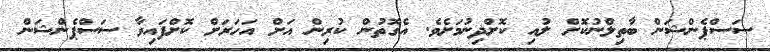
ސަސްޕެންޝަން ބާތިލްނުކޮށް ލުއި ކޮށްދިނުމަށެވެ. އެގޮތުން ކުރިން އަށް އަހަރަށް ކޮށްފައިވާ ސަސްޕެންޝަން